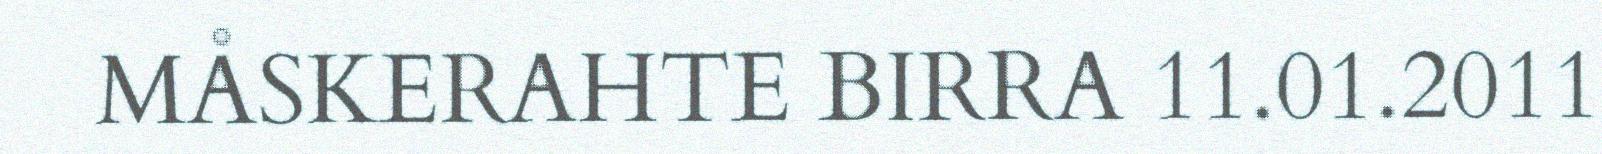
MÅSKERAHTE BIRRA 11.01.2011